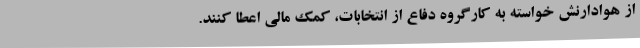
از هوادارنش خواسته به کارگروه دفاع از انتخابات، کمک مالی اعطا کنند.